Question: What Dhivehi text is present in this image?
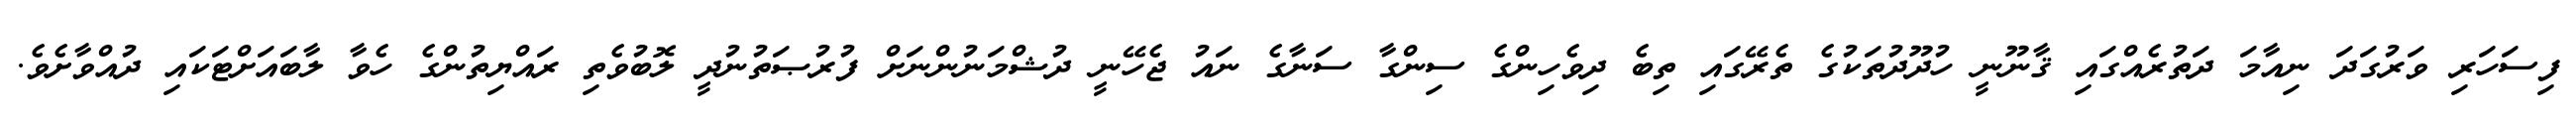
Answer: ފިސަހަރި ވަރުގަދަ ނިއާމަ ދަތުރެއްގައި ޤާނޫނީ ހުދޫދުތަކުގެ ތެރޭގައި ތިބެ ދިވެހިންގެ ސިންގާ ސަނާގެ ނައު ޖެހޭނީ ދުޝްމަނުންނަށް ފުރުޞަތުނުދީ ލޮބުވެތި ރައްޔިތުންގެ ހެވާ ލާބައަށްޓަކައި ދުއްވާށެވެ.